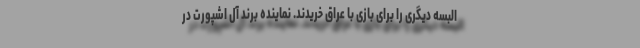
البسه دیگری را برای بازی با عراق خریدند. نماینده برند آل اشپورت در